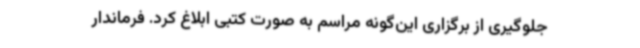
جلوگیری از برگزاری این‌گونه مراسم به صورت کتبی ابلاغ کرد. فرماندار